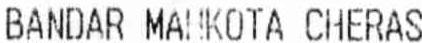
BANDAR MAHKOTA CHERAS